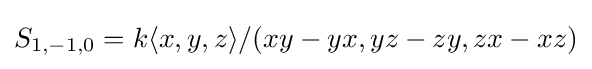
S_{1,-1,0}=k\langle x,y,z\rangle /(xy-yx,yz-zy,zx-xz)